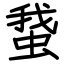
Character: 䖸